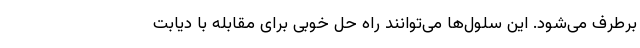
برطرف می‌شود. این سلول‌ها می‌توانند راه حل خوبی برای مقابله با دیابت